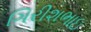
ગિરીશભાઇ